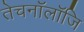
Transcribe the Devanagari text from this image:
तेचनॉलॉजि